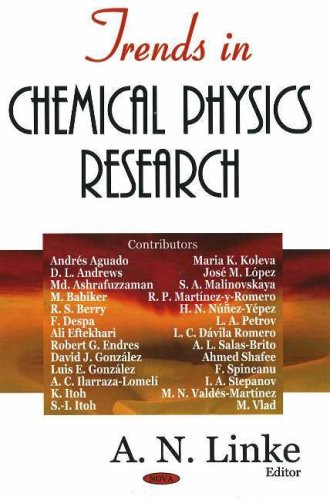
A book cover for Trends in Chemical Physics Research; Science & Math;